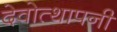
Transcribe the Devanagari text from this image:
देवोत्थापनी